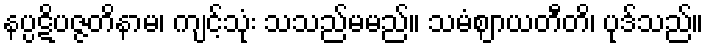
နပ္ပဋိပဇ္ဇတိနာမ၊ ကျင့်သုံး သသည်မမည်။ သမံဈာယတီတိ၊ ပုဒ်သည်။